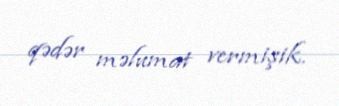
qədər məlumat vermişik.